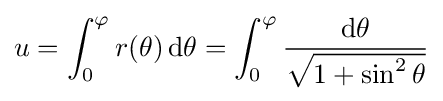
u=\int _{0}^{\varphi }r(\theta )\,\mathrm {d} \theta =\int _{0}^{\varphi }{\frac {\mathrm {d} \theta }{\sqrt {1+\sin ^{2}\theta }}}